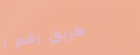
طريق رقم ١